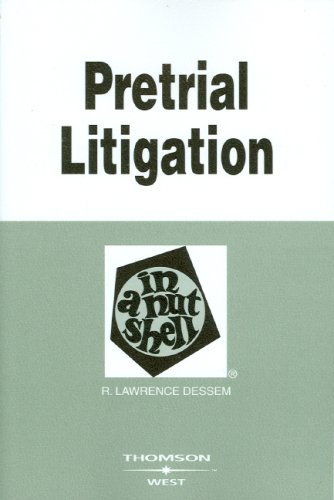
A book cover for Pretrial Litigation in a Nutshell (In a Nutshell (West Publishing)); R. Lawrence Dessem; Law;